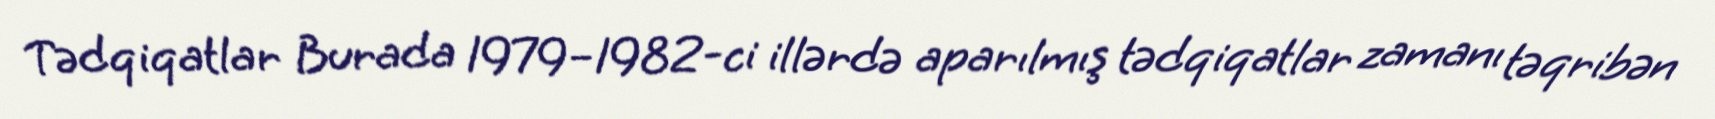
Tədqiqatlar Burada 1979–1982-ci illərdə aparılmış tədqiqatlar zamanı təqribən